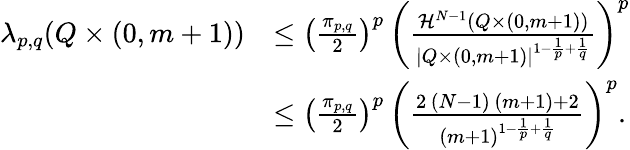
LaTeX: \begin{array}{rl}{\lambda_{p,q}(Q\times(0,m+1))}&{\le\left(\frac{\pi_{p,q}}{2}\right)^{p}\, \left(\frac{\mathcal{H}^{N-1}(Q\times(0,m+1))}{|Q\times(0,m+1)|^{1-\frac{1}{p}+\frac{1}{q}}}\right)^{p}}\\ &{\le\left(\frac{\pi_{p,q}}{2}\right)^{p}\, \left(\frac{2\, (N-1)\, (m+1)+2}{(m+1)^{1-\frac{1}{p}+\frac{1}{q}}}\right)^{p}.}\end{array}